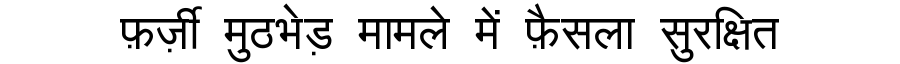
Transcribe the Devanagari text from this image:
फ़र्ज़ी मुठभेड़ मामले में फ़ैसला सुरक्षित